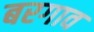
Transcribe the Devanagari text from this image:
बरगाव